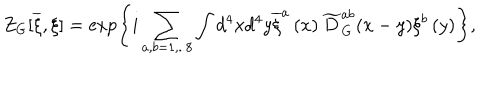
Z _ { G } [ \overline { { { \xi } } } , \xi ] = \exp \left\{ i \sum _ { a , b = 1 , . . 8 } \int d ^ { 4 } x d ^ { 4 } y \overline { { { \xi } } } ^ { a } \left( x \right) \widetilde { D } _ { G } ^ { a b } ( x - y ) \xi ^ { b } \left( y \right) \right\} ,